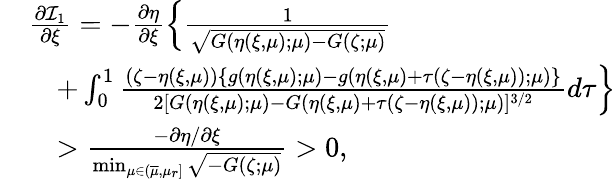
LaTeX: \begin{array}{rl}&{\frac{\partial{\mathcal I}_{1}}{\partial\xi}=-\frac{\partial\eta}{\partial\xi}\left\{ \frac{1}{\sqrt{G(\eta(\xi,\mu);\mu)-G(\zeta;\mu)}}\right.}\\ &{\quad\left.+\int_{0}^{1}\frac{(\zeta-\eta(\xi,\mu))\{ g(\eta(\xi,\mu);\mu)-g(\eta(\xi,\mu)+\tau(\zeta-\eta(\xi,\mu));\mu)\} }{2[G(\eta(\xi,\mu);\mu)-G(\eta(\xi,\mu)+\tau(\zeta-\eta(\xi,\mu));\mu)]^{3/2}}d\tau\right\} }\\ &{\quad>\frac{-\partial\eta/\partial\xi}{\operatorname*{min}_{\mu\in(\overline{{\mu}},\mu_{r}]}\sqrt{-G(\zeta;\mu)}}>0,}\end{array}